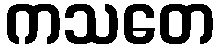
ကသတေ